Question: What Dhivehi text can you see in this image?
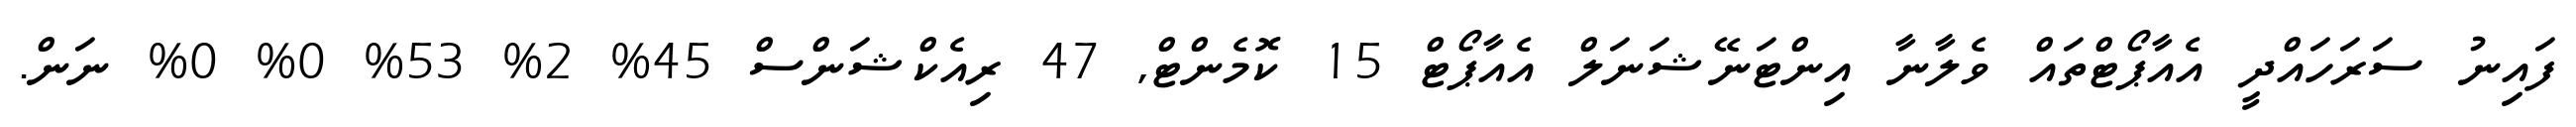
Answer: ފައިނު ސަރަހައްދީ އެއާޕޯޓްތައް ވެލާނާ އިންޓަނޭޝަނަލް އެއާޕޯޓް 15 ކޮމެންޓް, 47 ރިއެކްޝަންސް 45% 2% 53% 0% 0% ނަން.